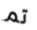
تم